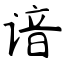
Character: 谙